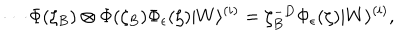
\cdots \Phi ( \zeta _ { B } ) \otimes \Phi ( \zeta _ { B } ) \Phi _ { \epsilon } ( \zeta ) | W \rangle ^ { ( i ) } = \zeta _ { B } ^ { - D } \Phi _ { \epsilon } ( \zeta ) | W \rangle ^ { ( i ) } ,